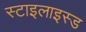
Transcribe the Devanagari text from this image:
स्टाइलाइस्ड